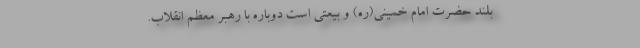
بلند حضرت امام خمینی(ره) و بیعتی است دوباره با رهبر معظم انقلاب.